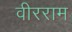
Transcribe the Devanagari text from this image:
वीरराम